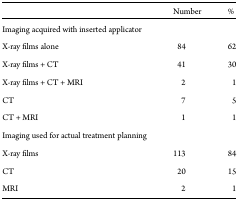
|  | Number | % |
 | --- | --- | --- |
 | Imaging acquired with inserted applicator |  |  |
 | X-ray films alone | 84 | 62 |
 | X-ray films + CT | 41 | 30 |
 | X-ray films + CT + MRI | 2 | 1 |
 | CT | 7 | 5 |
 | CT + MRI | 1 | 1 |
 | Imaging used for actual treatment planning |  |  |
 | X-ray films | 113 | 84 |
 | CT | 20 | 15 |
 | MRI | 2 | 1 |